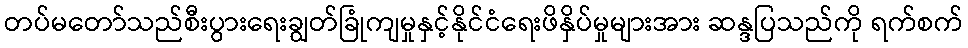
တပ်မတော်သည်စီးပွားရေးချွတ်ခြုံကျမှုနှင့်နိုင်ငံရေးဖိနှိပ်မှုများအား ဆန္ဒပြသည်ကို ရက်စက်